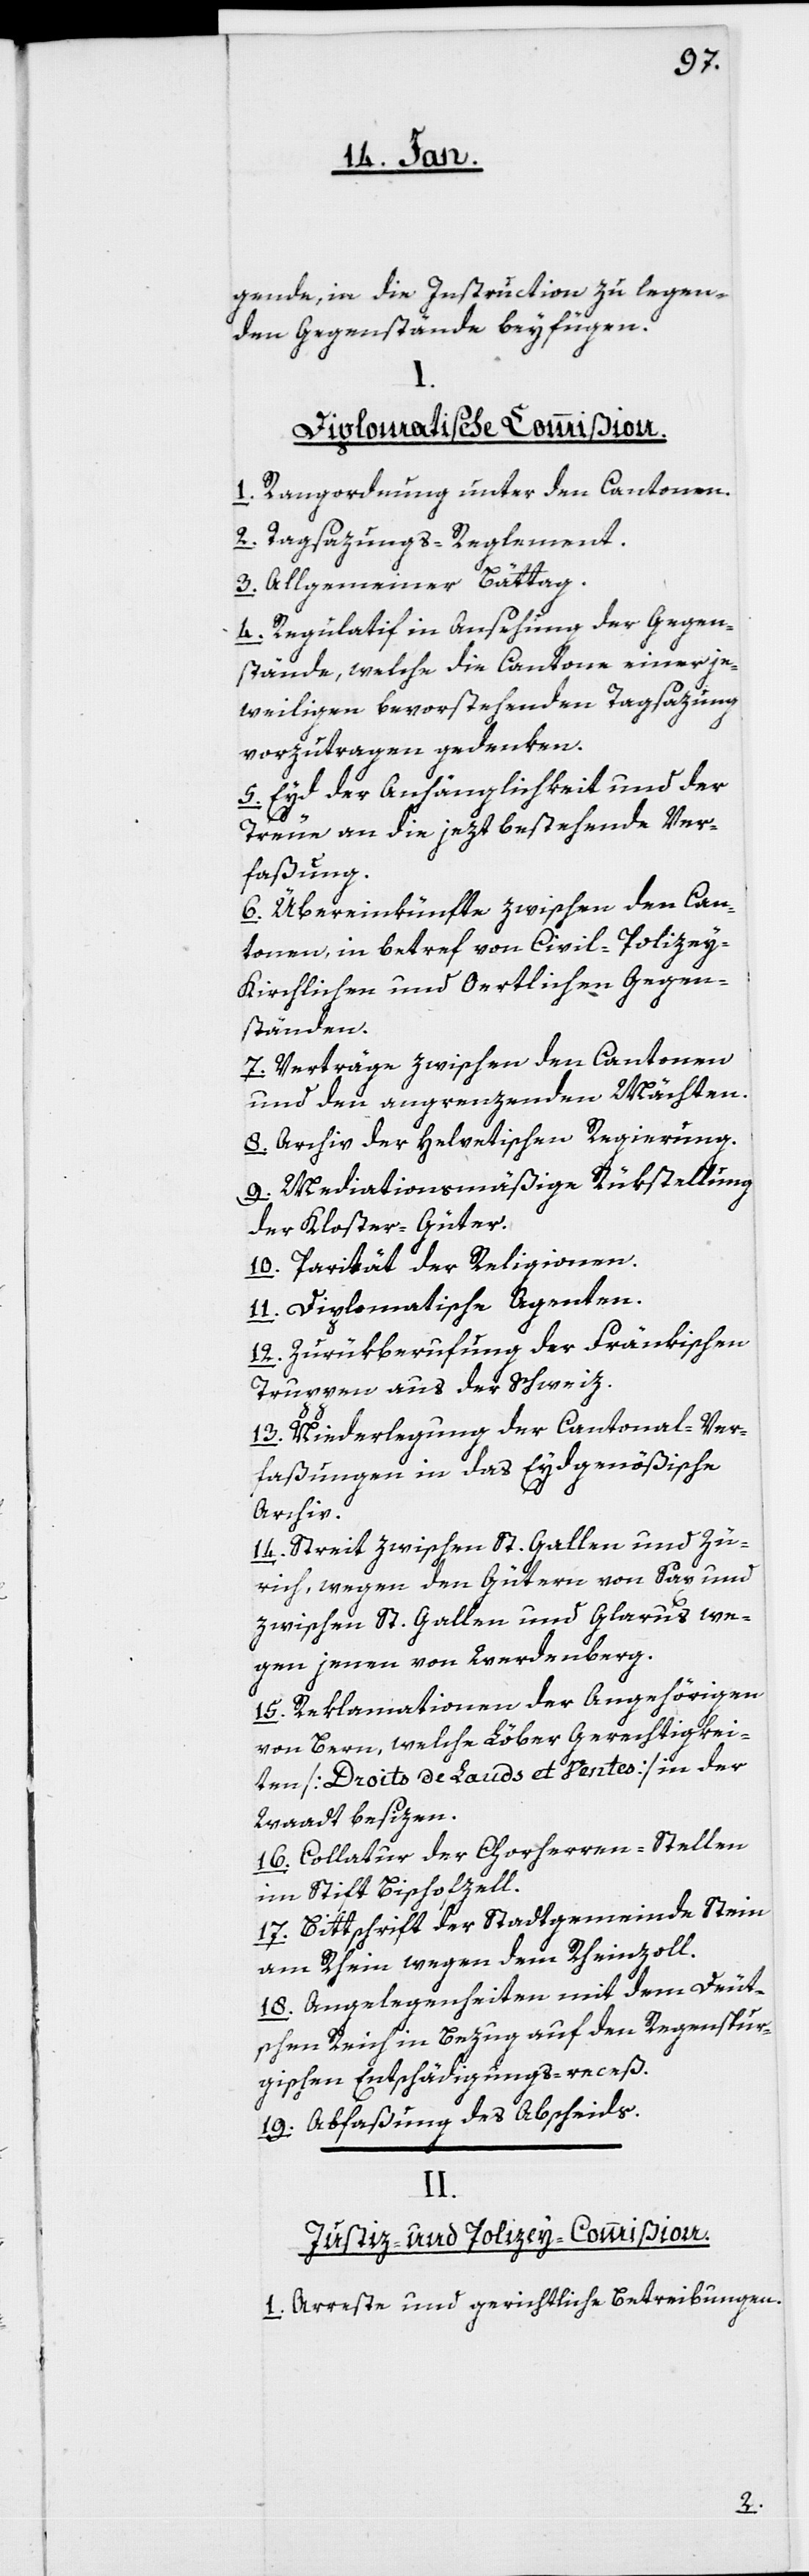
gende, in die Instruction zu legen¬
den Gegenstände beyfügen.
Diplomatische Commißion.
1. Rangordnung unter den Cantonen.
2. Tagsazungs-Reglement.
3. Allgemeiner Bättag.
4. Regulatif in Ansehung der Gegen¬
stände, welche die Cantone einer je¬
weiligen bevorstehenden Tagsazung
vorzutragen gedenken.
5. Eyd der Anhänglichkeit und der
Treue an die jezt bestehende Ver¬
faßung.
6. Übereinkünfte zwischen den Can¬
tonen, in betref von Civil-, Polizey-
Kirchlichen und Oertlichen Gegen¬
ständen.
7. Verträge zwischen den Cantonen
und den angrenzenden Mächten.
8. Archiv der Helvetischen Regierung.
9. Mediationsmäßige Rückstellung
der Kloster-Güter.
10. Parität der Religionen.
11. Diplomatische Agenten.
12. Zurükberufung der Fränkischen
Truppen aus der Schweiz.
13. Niederlegung der Cantonal-Ver¬
faßungen in das Eydgenößische
Archiv.
14. Streit zwischen St. Gallen und Zü¬
rich, wegen den Gütern von Sax, und
zwischen St. Gallen und Glarus we¬
gen jenen von Werdenberg.
15. Reklamationen der Angehörigen
von Bern, welche Löber Gerechtigkei¬
ten [Droits de Lauds et Ventes] in der
Waadt besizen.
16. Collatur der Chorherren-Stellen
im Stift Bischofszell.
17. Bittschrift der Stadtgemeinde Stein
am Rhein wegen dem Rheinzoll.
18. Angelegenheiten mit dem Deut¬
schen Reich in Bezug auf den Regenspur¬
gischen Entschädigungs-receß.
19. Abfaßung des Abscheids.
II.
Justiz- und Polizey-Commißion.
1. Arreste und gerichtliche Betreibungen.